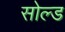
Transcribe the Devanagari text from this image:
सोल्‍ड